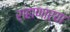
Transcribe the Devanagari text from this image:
राहाणाऱ्या